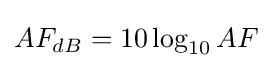
AF_{dB}=10\log _{10}AF